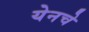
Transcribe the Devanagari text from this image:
येनचे